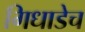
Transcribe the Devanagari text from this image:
गिधाडेच